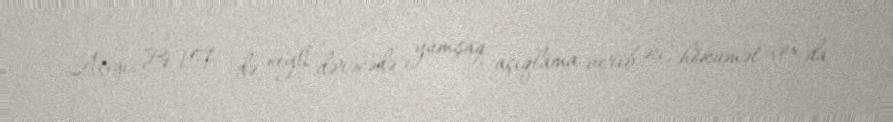
Açığı, BVF də xeyli dərəcədə yumşaq açıqlama verib ki, hökumət çox da